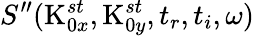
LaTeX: S^{\prime\prime}(\textrm{K}_{0x}^{st},\textrm{K}_{0y}^{st},t_{r},t_{i},\omega)